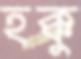
হক্কু